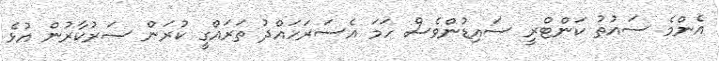
އެންމެ ސައުތު ކަންޓްރީ ސައިޑުންވެސް ހަމަ އެސަރަހައްދު ތަރައްގީ ކުރަން ސަރުކާރުން އުޅެ